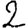
Digit: 2